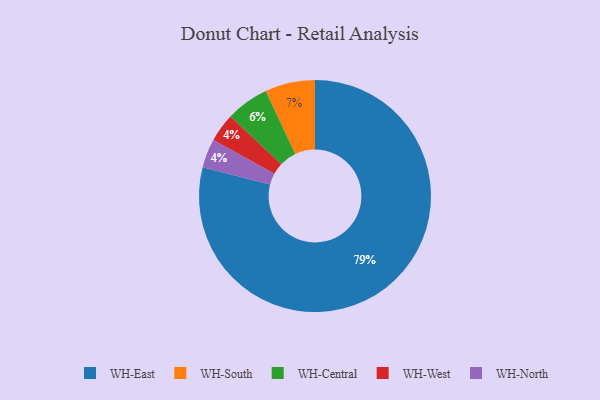
{"axis": {"x": "Category", "y": "Percentage"}, "legend": ["WH-Central", "WH-East", "WH-North", "WH-South", "WH-West"], "data": [{"x": "WH-West", "y": 4, "type": "WH-West"}, {"x": "WH-North", "y": 4, "type": "WH-North"}, {"x": "WH-South", "y": 7, "type": "WH-South"}, {"x": "WH-Central", "y": 6, "type": "WH-Central"}, {"x": "WH-East", "y": 79, "type": "WH-East"}]}